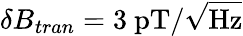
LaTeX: \delta B_{tran}=3~\mathrm{pT/\sqrt{Hz}}